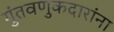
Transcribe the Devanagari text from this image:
गुंतवणुकदारांना